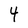
Character: 4